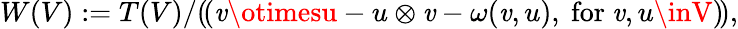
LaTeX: W(V):=T(V)/(\! (\mathit{v}\otimesu-u\otimes\mathit{v}-\omega(\mathit{v},u),{\mathrm{{~for~}}}\mathit{v},u\inV)\! ),